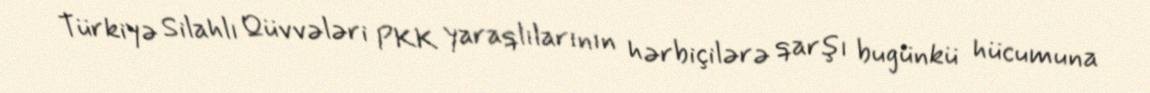
Türkiyə Silahlı Qüvvələri PKK yaraqlılarının hərbiçilərə qarşı bugünkü hücumuna